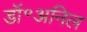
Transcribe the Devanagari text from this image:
डॉ॰अनिल